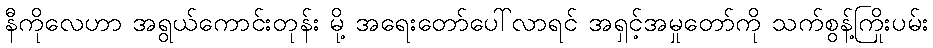
နီကိုလေဟာ အရွယ်ကောင်းတုန်း မို့ အရေးတော်ပေါ်လာရင် အရှင့်အမှုတော်ကို သက်စွန့်ကြိုးပမ်း